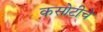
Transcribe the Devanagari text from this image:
कसोटीचे